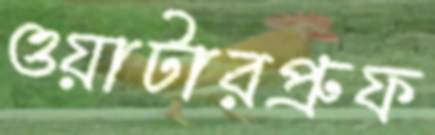
ওয়াটারপ্রুফ